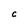
Character: C